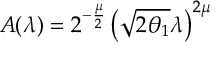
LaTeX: A ( \lambda ) = 2 ^ { - \frac { \mu } { 2 } } \left( \sqrt { 2 \theta _ { 1 } } \lambda \right) ^ { 2 \mu }